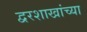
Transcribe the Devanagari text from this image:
द्वरशाखांच्या